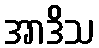
အာဒိသ